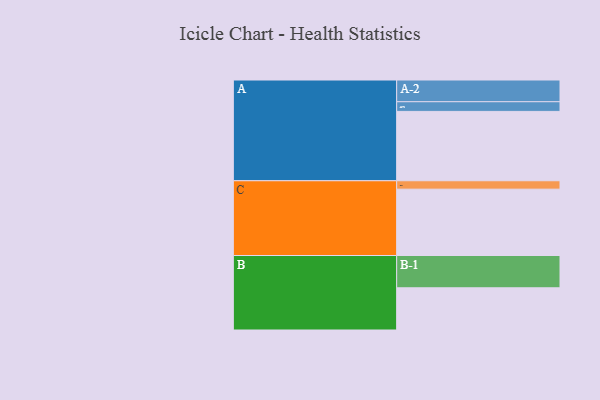
{"axis": {"x": "Segment", "y": "Value"}, "legend": ["", "A", "B", "C"], "data": [{"x": "A", "y": 552, "type": ""}, {"x": "B", "y": 336, "type": ""}, {"x": "C", "y": 528, "type": ""}, {"x": "A-1", "y": 77, "type": "A"}, {"x": "A-2", "y": 173, "type": "A"}, {"x": "B-1", "y": 257, "type": "B"}, {"x": "C-1", "y": 67, "type": "C"}]}